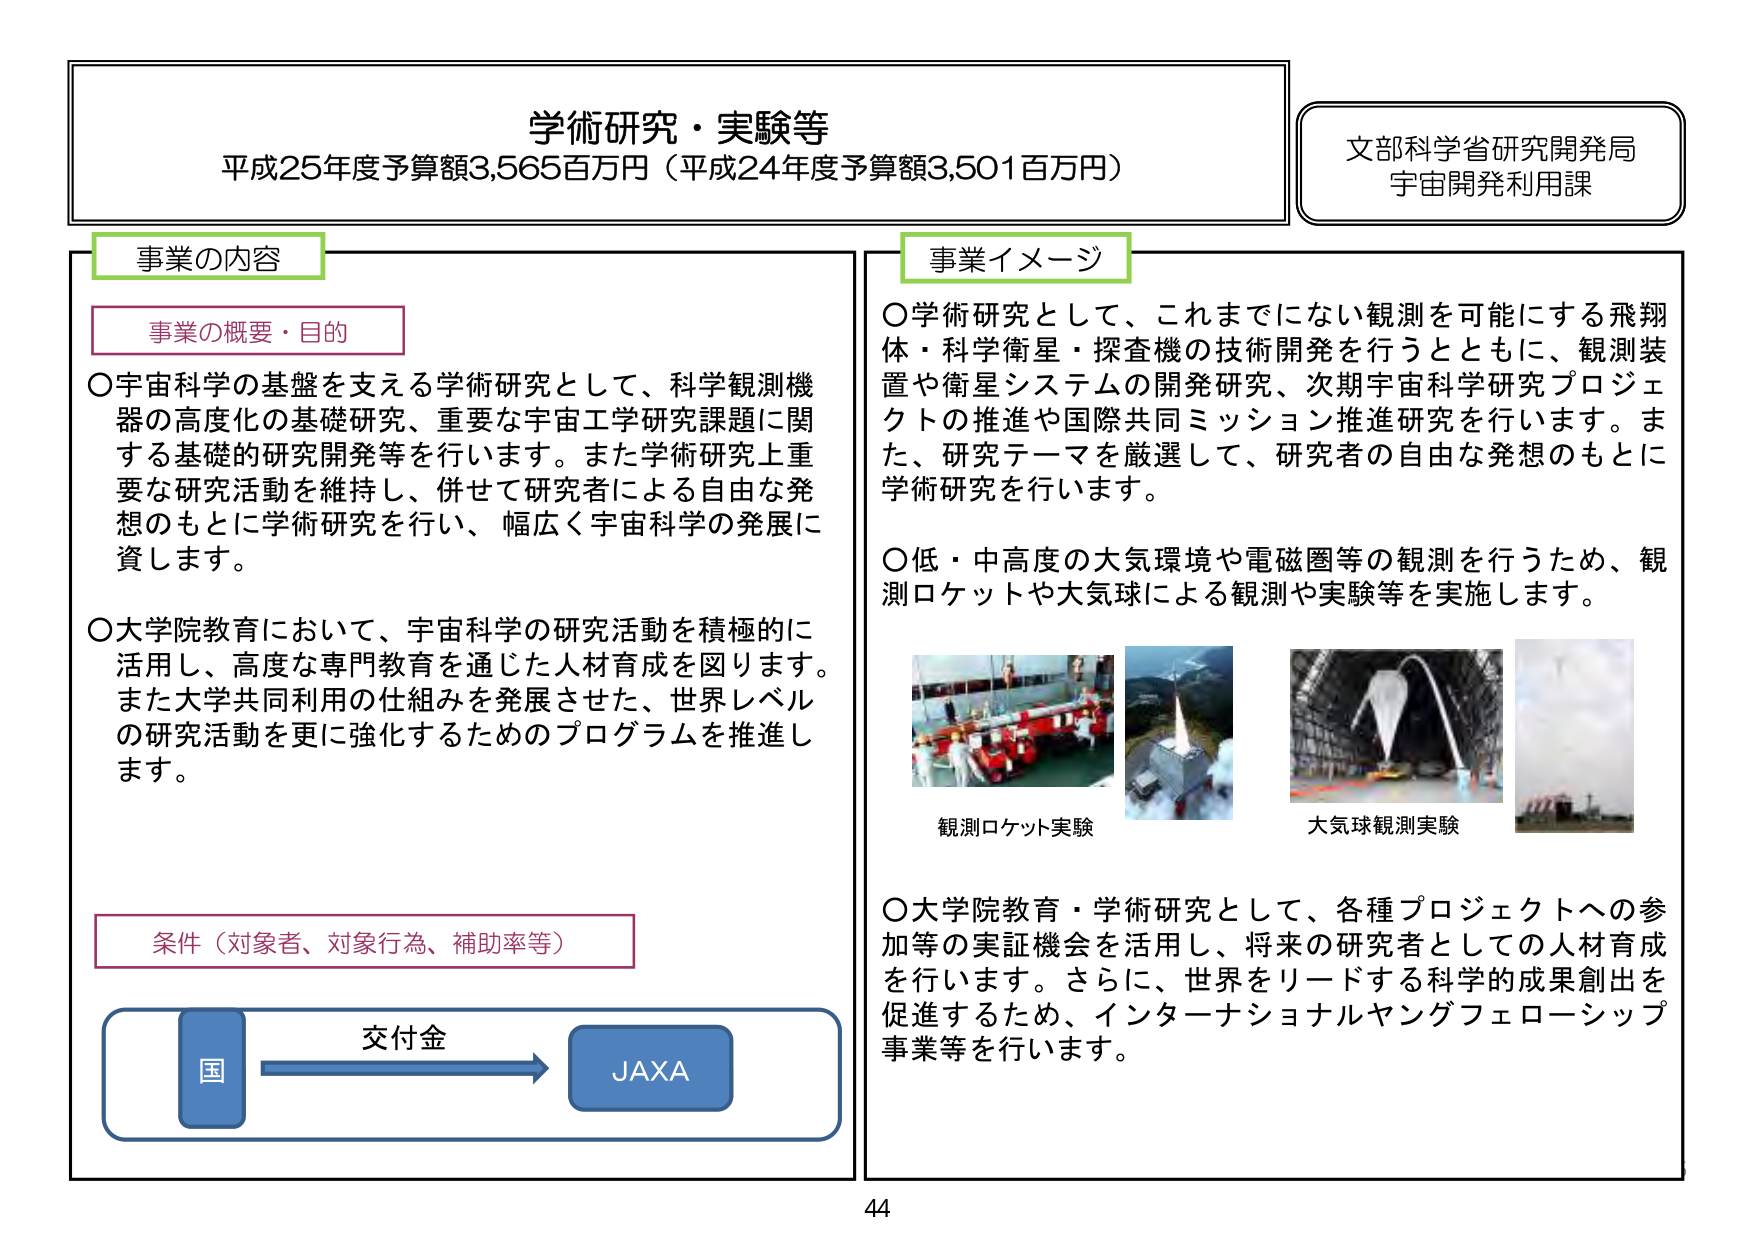
学術研究・実験等
平成25年度予算額3,565百万円（平成24年度予算額3,501百万円）

文部科学省研究開発局
宇宙開発利用課

事業の内容

事業の概要・目的
○宇宙科学の基盤を支える学術研究として、科学観測機器の高度化の基礎研究、重要な宇宙工学研究課題に関する基礎的研究開発等を行います。また学術研究上重要な研究活動を維持し、併せて研究者による自由な発想のもとに学術研究を行い、幅広く宇宙科学の発展に資します。
○大学院教育において、宇宙科学の研究活動を積極的に活用し、高度な専門教育を通じた人材育成を図ります。また大学共同利用の仕組みを発展させた、世界レベルの研究活動を更に強化するためのプログラムを推進します。

条件（対象者、対象行為、補助率等）
交付金
国 → JAXA

事業イメージ
○学術研究として、これまでにない観測を可能にする飛翔体・科学衛星・探査機の技術開発を行うとともに、観測装置や衛星システムの開発研究、次期宇宙科学研究プロジェクトの推進や国際共同ミッション推進研究を行います。また、研究テーマを厳選して、研究者の自由な発想のもとに学術研究を行います。
○低・中高度の大気環境や電磁圏等の観測を行うため、観測ロケットや大気球による観測や実験等を実施します。
観測ロケット実験
大気球観測実験
○大学院教育・学術研究として、各種プロジェクトへの参加等の実証機会を活用し、将来の研究者としての人材育成を行います。さらに、世界をリードする科学的成果創出を促進するため、インターナショナルヤングフェローシップ事業等を行います。

44